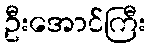
ဦးအောင်ကြီး